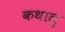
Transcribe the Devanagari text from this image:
कथालु